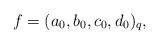
LaTeX: \begin{align*}f = (a_0,b_0,c_0,d_0)_q,\end{align*}